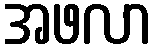
အဖလာ